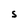
Character: S